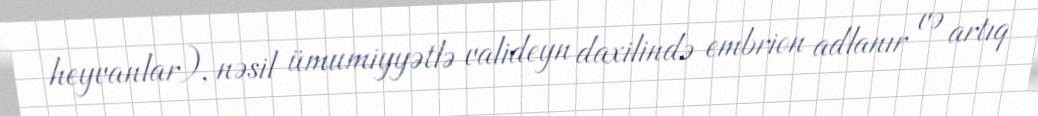
heyvanlar), nəsil ümumiyyətlə valideyn daxilində embrion adlanır və artıq